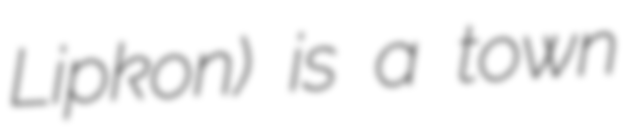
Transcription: Lipkon) is a town